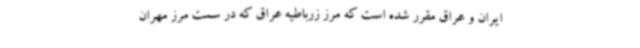
ایران و عراق مقرر شده است که مرز زرباطیه عراق که در سمت مرز مهران